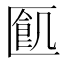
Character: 㔳